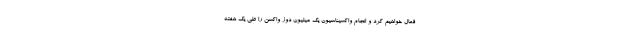
فعال خواهیم کرد و انجام واکسیناسیون یک میلیون دوز واکسن را طی یک هفته